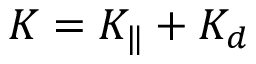
K = K _ { \| } + K _ { d }